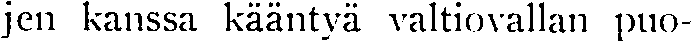
jen kanssa kääntyä valtiovallan puo-